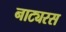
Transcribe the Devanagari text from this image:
नाट्यरस